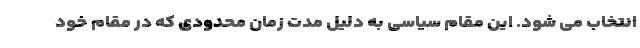
انتخاب می شود. این مقام سیاسی به دلیل مدت زمان محدودی که در مقام خود